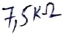
Text: 7,5KΩ